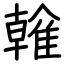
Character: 雗